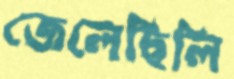
জেলেছিলি